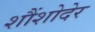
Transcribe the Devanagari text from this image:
शौंशोदेर